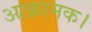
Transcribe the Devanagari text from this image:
आक्रामक।